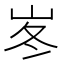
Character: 𡶞